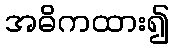
အဓိကထား၍